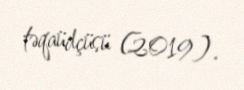
təqaüdçüsü (2019).